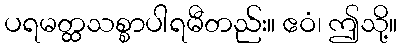
ပရမတ္ထသစ္စာပါရမီတည်း။ ဧဝံ၊ ဤသို့။